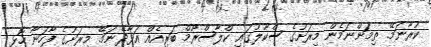
ކުރާނަމޭ. ތިމަންނަމެން މިރަށުގެ ސްކޫލުގައި ކްލާސްރޫމް ބަރިއެއް އަޅާދޭނަމޭ. މިރަށުގެ ފާހަނާ ހޮޅި